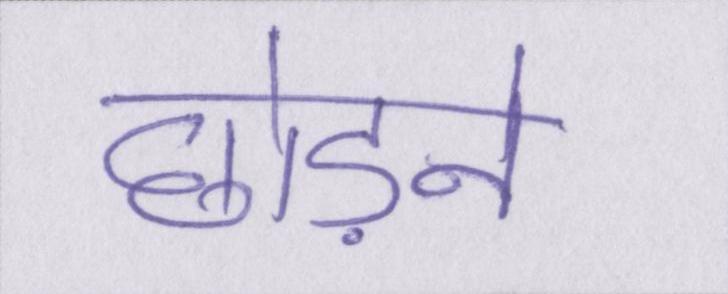
छोड़ने